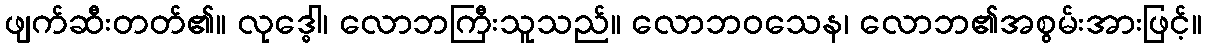
ဖျက်ဆီးတတ်၏။ လုဒ္ဓေါ၊ လောဘကြီးသူသည်။ လောဘဝသေန၊ လောဘ၏အစွမ်းအားဖြင့်။